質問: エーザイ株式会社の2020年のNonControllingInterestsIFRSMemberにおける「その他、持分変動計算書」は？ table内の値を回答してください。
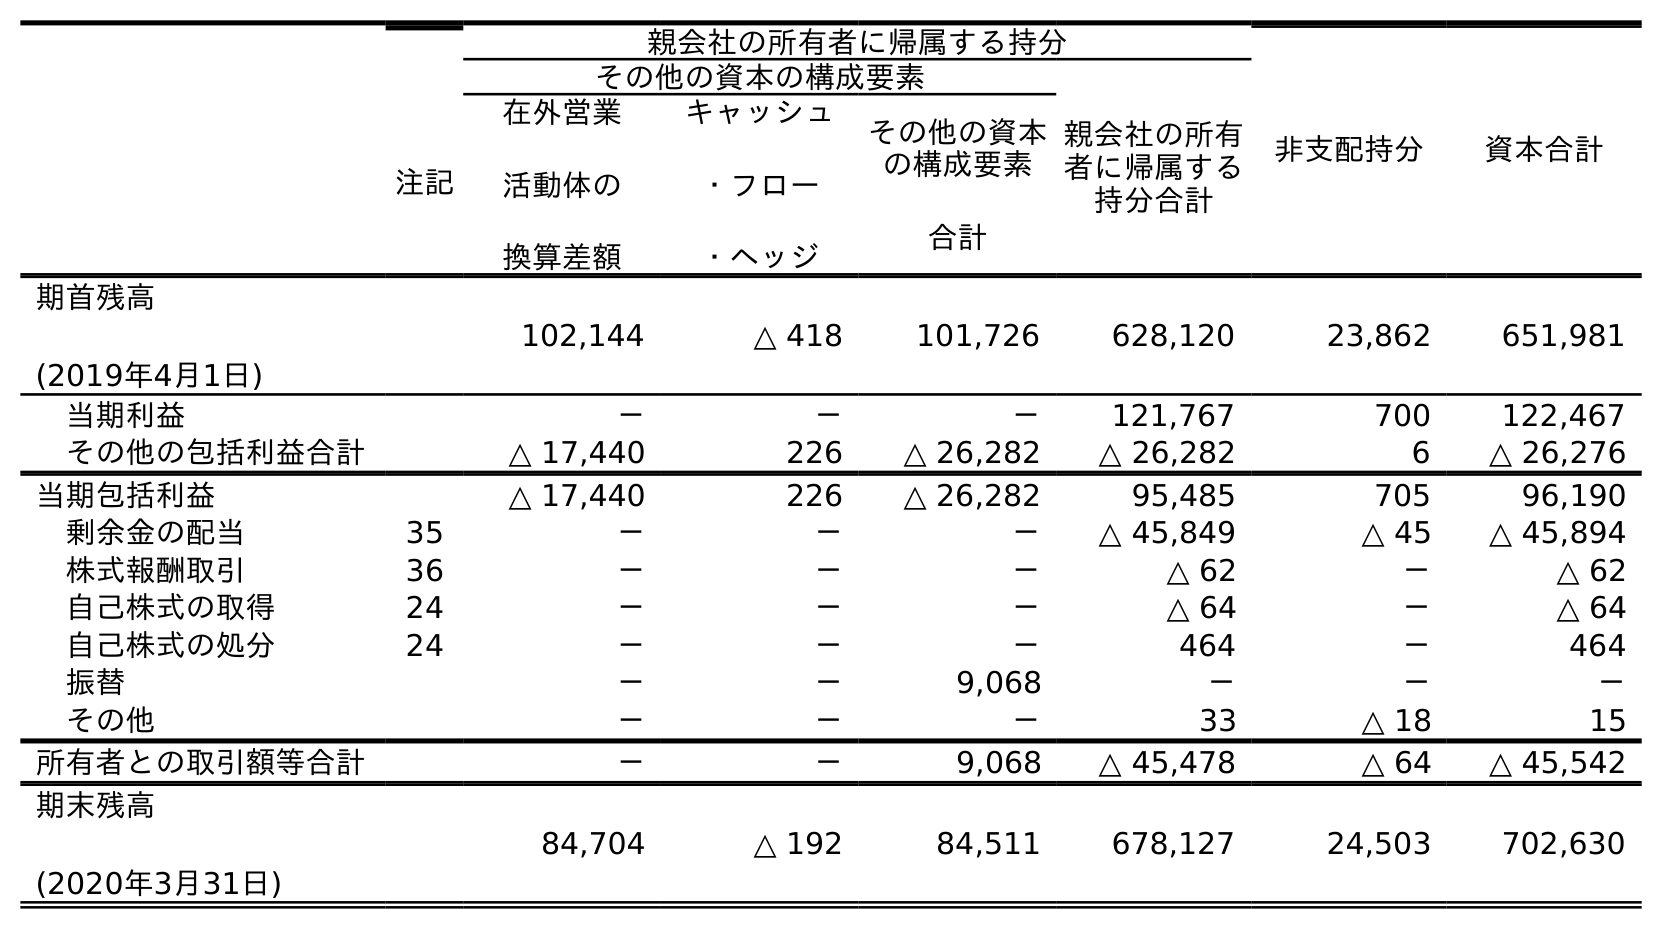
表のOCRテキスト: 注記 親会社の所有者に帰属する持分 非支配持分 資本合計 その他の資本の構成要素 親会社の所有 者に帰属する 持分合計 在外営業 活動体の 換算差額 キャッシュ ・フロー ・ヘッジ その他の資本 の構成要素 合計 期首残高 (2019年4月1日) 102,144 △ 418 101,726 628,120 23,862 651,981 当期利益 － － － 121,767 700 122,467 その他の包括利益合計 △ 17,440 226 △ 26,282 △ 26,282 6 △ 26,276 当期包括利益 △ 17,440 226 △ 26,282 95,485 705 96,190 剰余金の配当 35 － － － △ 45,849 △ 45 △ 45,894 株式報酬取引 36 － － － △ 62 － △ 62 自己株式の取得 24 － － － △ 64 － △ 64 自己株式の処分 24 － － － 464 － 464 振替 － － 9,068 － － － その他 － － － 33 △ 18 15 所有者との取引額等合計 － － 9,068 △ 45,478 △ 64 △ 45,542 期末残高 (2020年3月31日) 84,704 △ 192 84,511 678,127 24,503 702,630
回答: △18